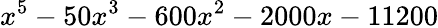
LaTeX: x^{5}-50x^{3}-600x^{2}-2000x-11200